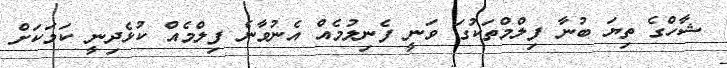
ޝާހްގެ ތިޔަ ބުނާ ފިލްމްތަކުގަ ވަނީ ފެނިލުމެއް އެނުވާނެ ފިލްމެއް ކުޅެދިނީ ކަމަކަށް